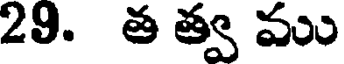
29. త త్వ ము